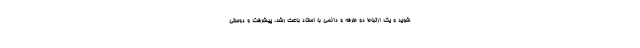
شوید و یک ارتباط دو طرفه و دائمی با استاد باعث رشد، پیشرفت و دوستی